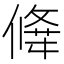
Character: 𠎕